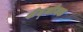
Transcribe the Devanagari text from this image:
शेद्लोक्क